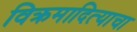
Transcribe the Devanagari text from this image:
विक्रमादित्याचा